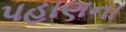
પહાણના